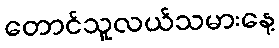
တောင်သူလယ်သမားနေ့